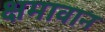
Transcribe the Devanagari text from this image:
क्षमावान